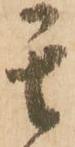
其